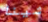
شينا